Vaccination Hyderabad 1872-1889 - 1872-1889
Year: 1872
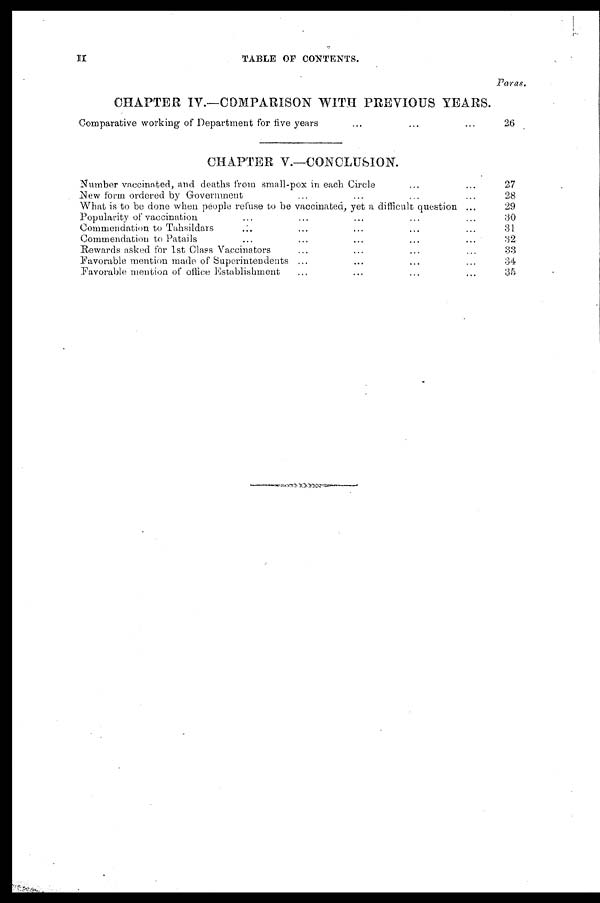
II
TABLE OP CONTENTS.
CHAPTER IV.—COMPARISON WITH PREVIOUS YEARS.
Comparative working of Department for live years ... ... ...
CHAPTER V.—CONCLUSION.
Number vaccinated, and deaths from small-pox in each Circle ... ...
New form ordered by Government ... ... ... ...
What is to be done when people refuse to be vaccinated, yet a difficult question ...
Popularity of vaccination ... ... ... ... ...
Commendation to Tahsildars ... ... ... ... ...
Commendation to Patails ... ... ... ... ...
Rewards asked for 1st Class Vaccinators ... ... ... ... ...
Favorable mention made of Superintendents ... ... ... ... ...
Favorable mention of office Establishment ... ... ... ... ...
Paras.
26
27
28
29
30
31
32
33
34
35